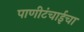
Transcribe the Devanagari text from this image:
पाणीटंचाईचा